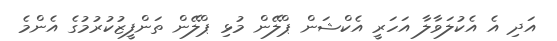
އަދި އެ އެކުލަވާލާ އަހަރީ އެކްޝަން ޕްލޭން މުޅި ޕްލޭން ތަންފީޒުކުރުމުގެ އެންމެ